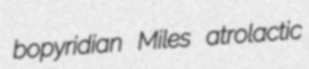
bopyridian Miles atrolactic